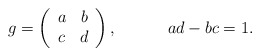
\begin{align*} g= \left(\begin{array}{cc} a &b\\c &d \end{array} \right), \hspace{.5 in}ad-bc=1.\end{align*}